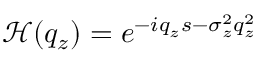
\mathcal { H } ( q _ { z } ) = e ^ { - i q _ { z } s - \sigma _ { z } ^ { 2 } q _ { z } ^ { 2 } }